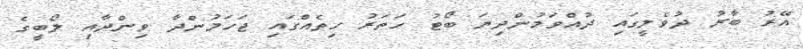
އޭރު ބާރު ދުވެލީގައި ދުއްވަމުންދިޔަ ބޯޓު ހަތަރު ހިތެއްގައި ޖަހަމުންދާ ވިންދާއި ލޯބީގެ